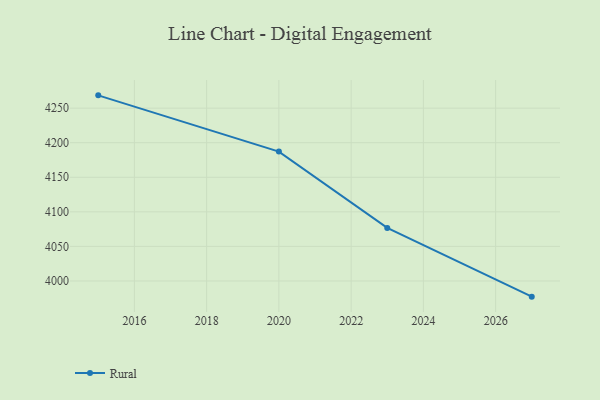
{"axis": {"x": "Year", "y": "Churn Rate (%)"}, "legend": ["Rural"], "data": [{"x": "2027", "y": 3977.3, "type": "Rural"}, {"x": "2023", "y": 4076.7, "type": "Rural"}, {"x": "2020", "y": 4187.1, "type": "Rural"}, {"x": "2015", "y": 4268.5, "type": "Rural"}]}